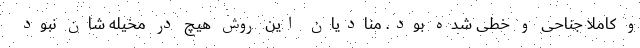
و کاملا جناحی و خطی شده بود. منادیان این روش هیچ در مخیله شان نبود